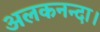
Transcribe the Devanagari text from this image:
अलकनन्दा।